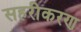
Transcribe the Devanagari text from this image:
सहरीकरण